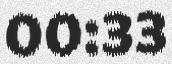
00:33